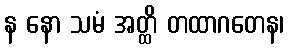
န နော သမံ အတ္ထိ တထာဂတေန၊